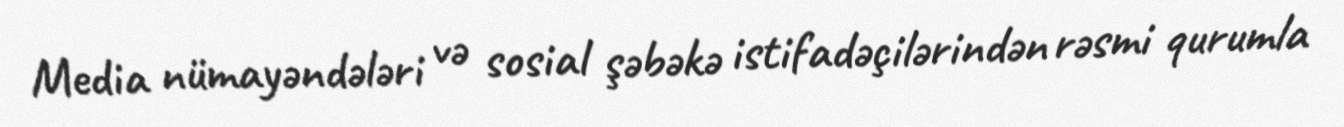
Media nümayəndələri və sosial şəbəkə istifadəçilərindən rəsmi qurumla